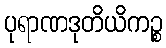
ပုရာဏဒုတိယိကဉ္စ